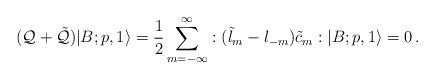
LaTeX: \begin{align*}({\cal Q}+\tilde{\cal Q})|B;p,1\rangle=\frac{1}{2}\sum_{m=-\infty}^{\infty}:(\tilde{l}_m-{l}_{-m})\tilde{c}_m:|B;p,1\rangle =0\, .\end{align*}